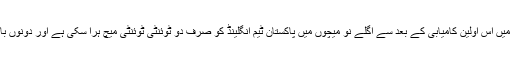
غور طلب بات یہ ہے کہ برسٹل میں اس اولین کامیابی کے بعد سے اگلے نو میچوں میں پاکستان ٹیم انگلینڈ کو صرف دو ٹوئنٹی ٹوئنٹی میچ ہرا سکی ہے اور دونوں بار یہ دبئی میں میں ہی ممکن ہوا۔